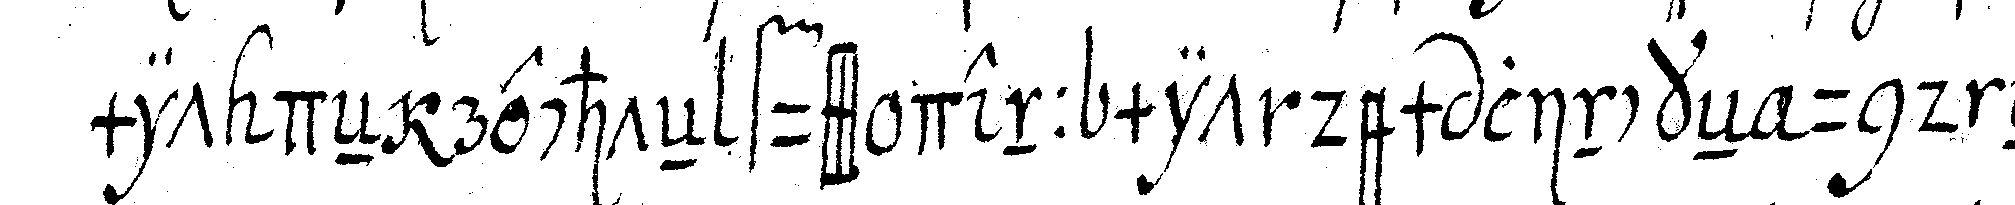
mit deN rechteN fuss denn mit dem linckeN und eNd